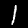
Digit: 1